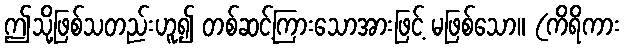
ဤသို့ဖြစ်သတည်းဟူ၍ တစ်ဆင့်ကြားသောအားဖြင့် မဖြစ်သော။ (ကိရိကား